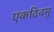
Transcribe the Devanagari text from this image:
एकदिवसु